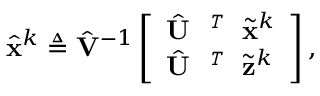
\begin{array} { r } { \hat { { \mathbf { x } } } ^ { k } \triangleq \hat { { \mathbf { V } } } ^ { - 1 } \left[ \begin{array} { l } { \hat { { \mathbf { U } } } ^ { \textit { \footnotesize \texttt { T } } } \tilde { { \mathbf { x } } } ^ { k } } \\ { \hat { { \mathbf { U } } } ^ { \textit { \footnotesize \texttt { T } } } \tilde { { \mathbf { z } } } ^ { k } } \end{array} \right] , } \end{array}